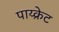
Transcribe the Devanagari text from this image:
पाय्क्रेट